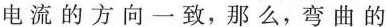
电流的方向一致，那么，弯曲的